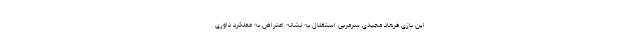
این بازی فرهاد مجیدی سرمربی استقلال به نشانه اعتراض به عملکرد داوری